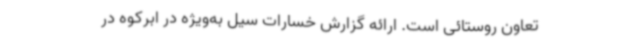
تعاون روستائی است. ارائه گزارش خسارات‌ سیل ‌به‌ویژه در ابرکوه‌ در